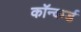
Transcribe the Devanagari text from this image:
कॉन्कर्ड